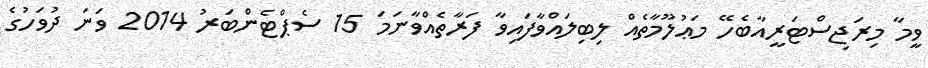
ވީމާ މިރަޖިސްޓަރީއާބެހޭ މަޢުލޫމާތެއް ލިބިލައްވާފައިވާ ފަރާތެއްވާނަމަ 15 ސެޕްޓެންބަރު 2014 ވަނަ ދުވަހުގެ